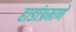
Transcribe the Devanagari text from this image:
हाडांप्रमाणे